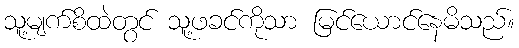
သူ့မျက်စိထဲတွင် သူ့ဖခင်ကိုသာ မြင်ယောင်နေမိသည်။